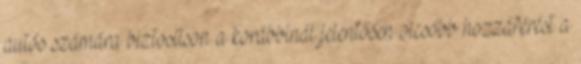
autós számára biztosítson a korábbinál jelentősen olcsóbb hozzáférést a